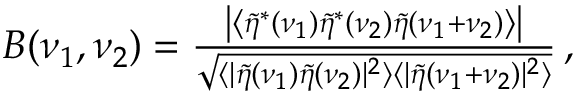
\begin{array} { r } { B ( \nu _ { 1 } , \nu _ { 2 } ) = \frac { \left| \left\langle \tilde { \eta } ^ { * } ( \nu _ { 1 } ) \tilde { \eta } ^ { * } ( \nu _ { 2 } ) \tilde { \eta } ( \nu _ { 1 } + \nu _ { 2 } ) \right\rangle \right| } { \sqrt { \langle | \tilde { \eta } ( \nu _ { 1 } ) \tilde { \eta } ( \nu _ { 2 } ) | ^ { 2 } \rangle \langle | \tilde { \eta } ( \nu _ { 1 } + \nu _ { 2 } ) | ^ { 2 } \rangle } } \mathrm { \, , } } \end{array}